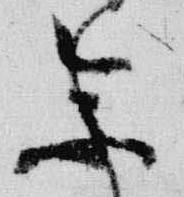
参